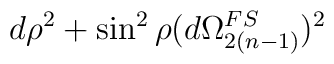
d\rho^2 + \sin^2 \rho (d \Omega_{2(n-1)}^{FS})^2